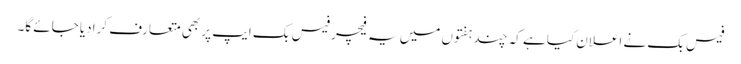
فیس بک نے اعلان کیا ہے کہ چند ہفتوں میں یہ فیچر فیس بک ایپ پر بھی متعارف کرادیا جائے گا۔